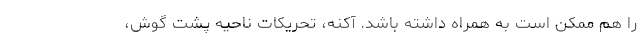
را هم ممکن است به همراه داشته باشد. آکنه،‌ تحریکات ناحیه پشت گوش،